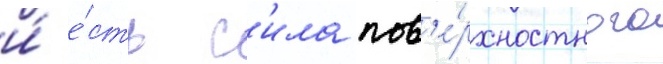
и́ е́сть с'ила пов'е́рхностного